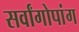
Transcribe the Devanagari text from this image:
सर्वांगोपांग